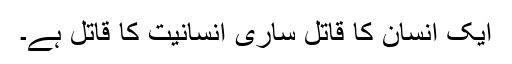
ایک انسان کا قاتل ساری انسانیت کا قاتل ہے۔